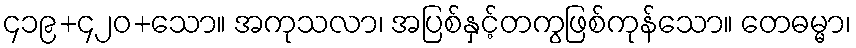
၄၁၉+၄၂၀+သော။ အကုသလာ၊ အပြစ်နှင့်တကွဖြစ်ကုန်သော။ တေဓမ္မာ၊